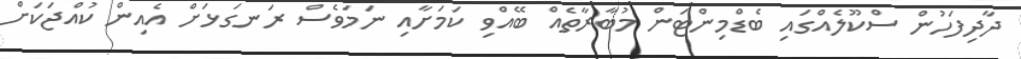
ދާދިފަހުން ސްކޫލެއްގައި ބެޑްމިންޓަން މުބާރާތެއް ބޭއްވި ކަމަށާއި ނަމަވެސް ރަނގަޅަށް އެއިން ކުއްޖަކަށް